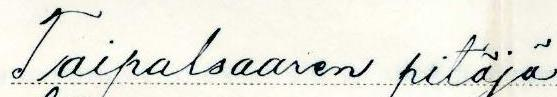
Taipalsaaren pitäjä